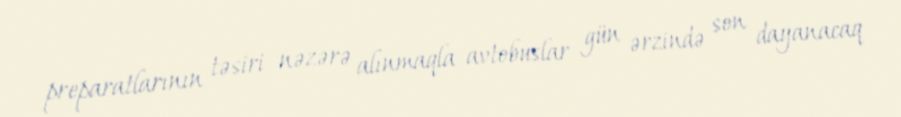
preparatlarının təsiri nəzərə alınmaqla avtobuslar gün ərzində son dayanacaq